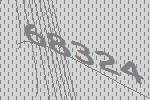
68324